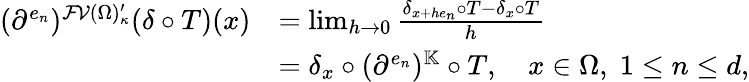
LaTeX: \begin{array}{rl}{(\partial^{e_{n}})^{\mathcal{FV}(\Omega)_{\kappa}^{\prime}}(\delta\circ T)(x)}&{=\operatorname*{lim}_{h\to 0}\frac{\delta_{x+he_{n}}\circ T-\delta_{x}\circ T}{h}}\\ &{=\delta_{x}\circ(\partial^{e_{n}})^{\mathbb{K}}\circ T,\quad x\in\Omega,\; 1\leq n\leq d,}\end{array}